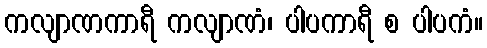
ကလျာဏကာရီ ကလျာဏံ၊ ပါပကာရီ စ ပါပကံ။